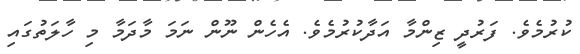
ކުރުމެވެ. ފަރުދީ ޒިންމާ އަދާކުރުމެވެ. އެހެން ނޫން ނަމަ މާދަމާ މި ހާލަތުގައި